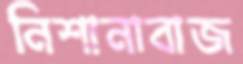
নিশানাবাজ